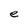
Character: e